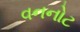
વનનોટ